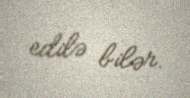
edilə bilər.